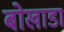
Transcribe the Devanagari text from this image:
बोखाडा